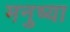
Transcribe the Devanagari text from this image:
मनुष्या